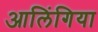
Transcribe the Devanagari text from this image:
आलिंगिया